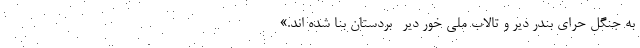
به جنگل حرّای بندر دیر و تالاب ملی خور دیّر- بردستان بنا شده اند.»